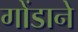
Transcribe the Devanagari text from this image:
गोंडाने